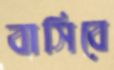
বাসিবে